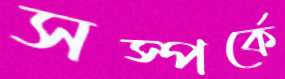
সস্পর্কে